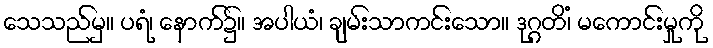
သေသည်မှ။ ပရံ၊ နောက်၌။ အပါယံ၊ ချမ်းသာကင်းသော။ ဒုဂ္ဂတိံ၊ မကောင်းမှုကို